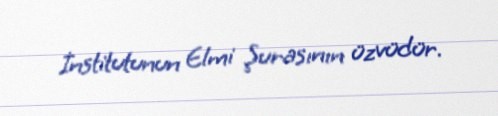
İnstitutunun Elmi Şurasının üzvüdür.